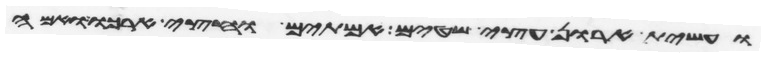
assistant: ועשית ארון עצי שטים אמתים וחצי ארכו ואמה